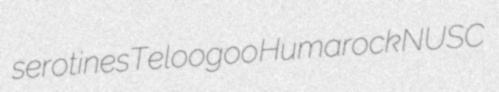
serotines Teloogoo Humarock NUSC